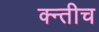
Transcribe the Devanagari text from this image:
क्न्तीच